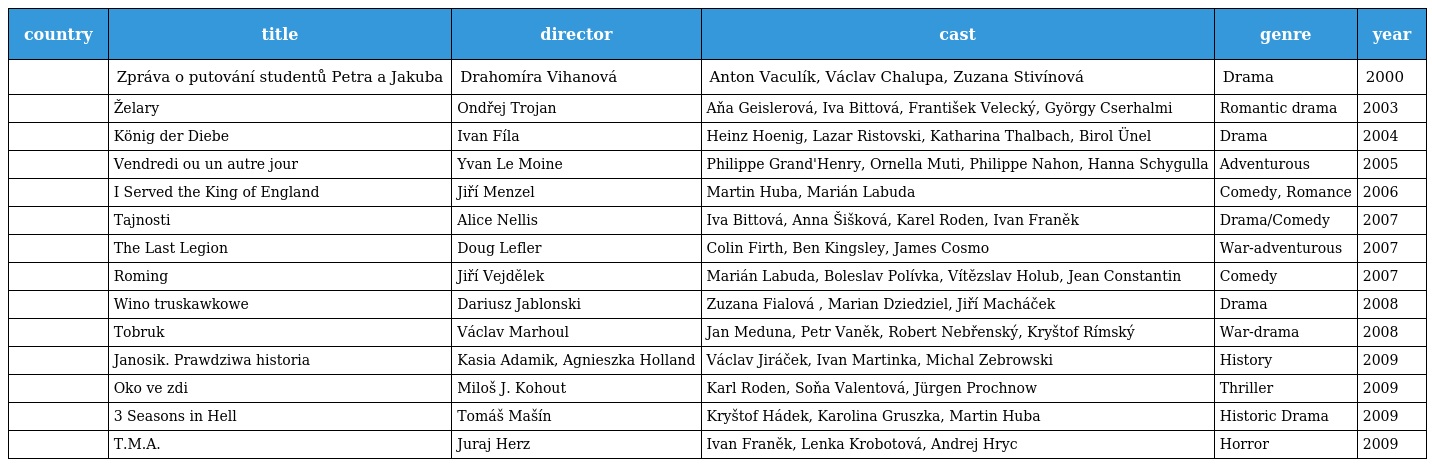
| country | title | director | cast | genre | year |
 | --- | --- | --- | --- | --- | --- |
 |  | Zpráva o putování studentů Petra a Jakuba | Drahomíra Vihanová | Anton Vaculík, Václav Chalupa, Zuzana Stivínová | Drama | 2000 |
 |  | Želary | Ondřej Trojan | Aňa Geislerová, Iva Bittová, František Velecký, György Cserhalmi | Romantic drama | 2003 |
 |  | König der Diebe | Ivan Fíla | Heinz Hoenig, Lazar Ristovski, Katharina Thalbach, Birol Ünel | Drama | 2004 |
 |  | Vendredi ou un autre jour | Yvan Le Moine | Philippe Grand'Henry, Ornella Muti, Philippe Nahon, Hanna Schygulla | Adventurous | 2005 |
 |  | I Served the King of England | Jiří Menzel | Martin Huba, Marián Labuda | Comedy, Romance | 2006 |
 |  | Tajnosti | Alice Nellis | Iva Bittová, Anna Šišková, Karel Roden, Ivan Franěk | Drama/Comedy | 2007 |
 |  | The Last Legion | Doug Lefler | Colin Firth, Ben Kingsley, James Cosmo | War-adventurous | 2007 |
 |  | Roming | Jiří Vejdělek | Marián Labuda, Boleslav Polívka, Vítězslav Holub, Jean Constantin | Comedy | 2007 |
 |  | Wino truskawkowe | Dariusz Jablonski | Zuzana Fialová , Marian Dziedziel, Jiří Macháček | Drama | 2008 |
 |  | Tobruk | Václav Marhoul | Jan Meduna, Petr Vaněk, Robert Nebřenský, Kryštof Rímský | War-drama | 2008 |
 |  | Janosik. Prawdziwa historia | Kasia Adamik, Agnieszka Holland | Václav Jiráček, Ivan Martinka, Michal Zebrowski | History | 2009 |
 |  | Oko ve zdi | Miloš J. Kohout | Karl Roden, Soňa Valentová, Jürgen Prochnow | Thriller | 2009 |
 |  | 3 Seasons in Hell | Tomáš Mašín | Kryštof Hádek, Karolina Gruszka, Martin Huba | Historic Drama | 2009 |
 |  | T.M.A. | Juraj Herz | Ivan Franěk, Lenka Krobotová, Andrej Hryc | Horror | 2009 |